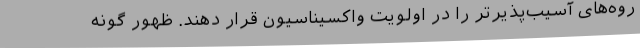
روه‌های آسیب‌پذیرتر را در اولویت واکسیناسیون قرار دهند. ظهور گونهٔ